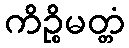
ကိဉ္စိမတ္တံ